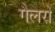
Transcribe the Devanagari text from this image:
गैलरो